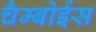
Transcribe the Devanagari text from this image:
चैम्बोईस